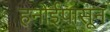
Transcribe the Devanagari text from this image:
हनोईपासून